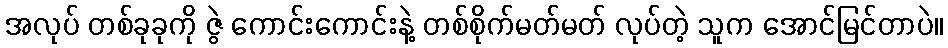
အလုပ် တစ်ခုခုကို ဇွဲ ကောင်းကောင်းနဲ့ တစ်စိုက်မတ်မတ် လုပ်တဲ့ သူက အောင်မြင်တာပဲ။